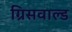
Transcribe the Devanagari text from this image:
ग्रिसवाल्ड